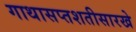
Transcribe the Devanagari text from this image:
गाथासप्तशतीसारखे